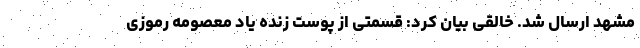
مشهد ارسال شد. خالقی بیان کرد: قسمتی از پوست زنده یاد معصومه رموزی